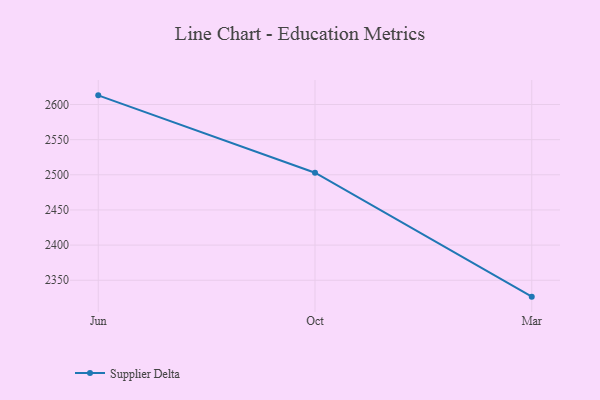
{"axis": {"x": "Month", "y": "Shipments"}, "legend": ["Supplier Delta"], "data": [{"x": "Jun", "y": 2613.0, "type": "Supplier Delta"}, {"x": "Oct", "y": 2503.0, "type": "Supplier Delta"}, {"x": "Mar", "y": 2326.7, "type": "Supplier Delta"}]}